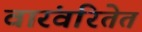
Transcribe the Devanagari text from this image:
वारंवरितेत